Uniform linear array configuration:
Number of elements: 48
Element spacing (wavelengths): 0.75
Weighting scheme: cosine
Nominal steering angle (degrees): -60
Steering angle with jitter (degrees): -59.539
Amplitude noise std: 0.05
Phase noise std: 0.05

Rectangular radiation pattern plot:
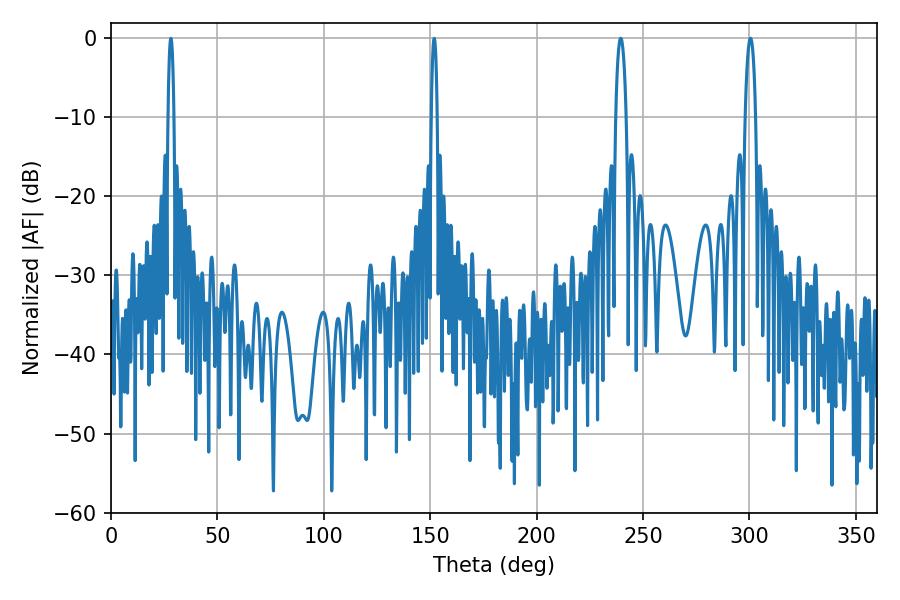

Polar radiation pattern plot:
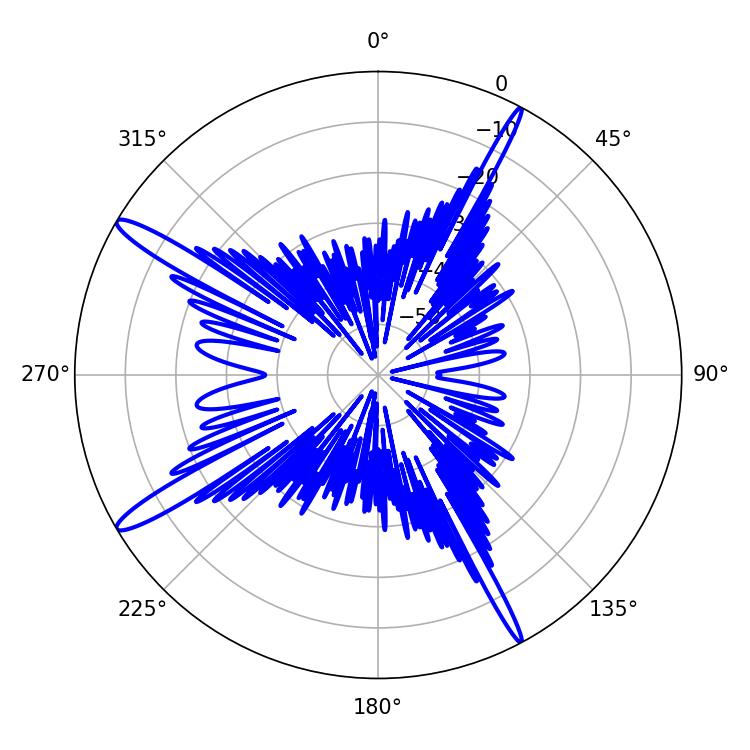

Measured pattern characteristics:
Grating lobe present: TRUE
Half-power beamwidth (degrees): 2.7
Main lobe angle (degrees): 300.42